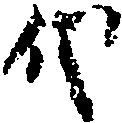
代